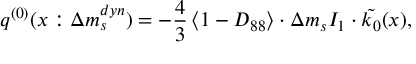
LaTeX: q ^ { ( 0 ) } ( x : \Delta m _ { s } ^ { d y n } ) = - \frac { 4 } { 3 } \, \langle 1 - D _ { 8 8 } \rangle \cdot \Delta m _ { s } I _ { 1 } \cdot \tilde { k _ { 0 } } ( x ) ,